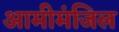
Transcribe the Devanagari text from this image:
आमीमंजिल